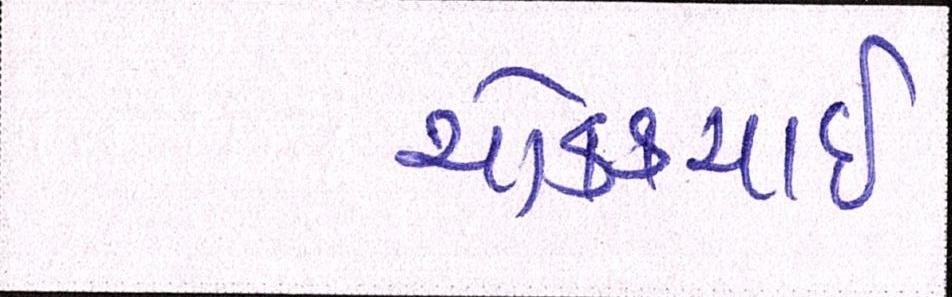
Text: ચોક્કચાઇ